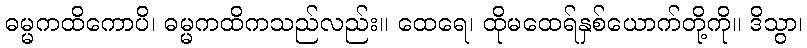
ဓမ္မကထိကောပိ၊ ဓမ္မကထိကသည်လည်း။ ထေရေ၊ ထိုမထေရ်နှစ်ယောက်တို့ကို။ ဒိသွာ၊